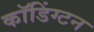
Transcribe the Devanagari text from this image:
कॉडिंग्टन